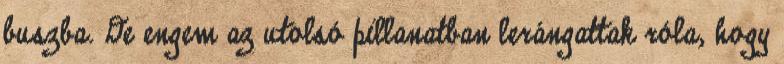
buszba. De engem az utolsó pillanatban lerángattak róla, hogy